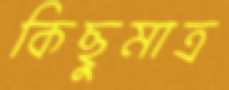
কিছুমাত্র